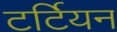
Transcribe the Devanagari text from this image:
टर्टियन